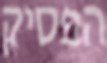
הפסיק